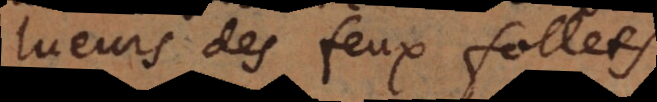
lueurs des feux follets,